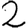
Digit: 2